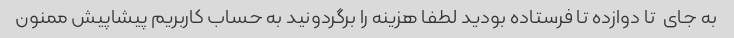
به جای  تا دوازده تا فرستاده بودید لطفا هزینه را برگردونید به حساب کاربریم پیشاپیش ممنون